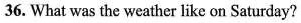
36. What was the weather like on Saturday?